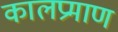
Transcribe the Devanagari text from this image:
कालप्रमाण